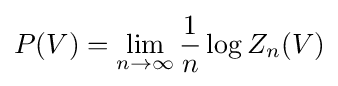
P(V)=\lim _{n\to \infty }{\frac {1}{n}}\log Z_{n}(V)